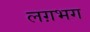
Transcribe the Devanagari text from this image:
लग़भग